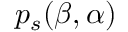
p _ { s } ( { \boldsymbol { \beta } } , { \boldsymbol { \alpha } } )